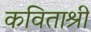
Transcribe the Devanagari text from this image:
कविताश्री